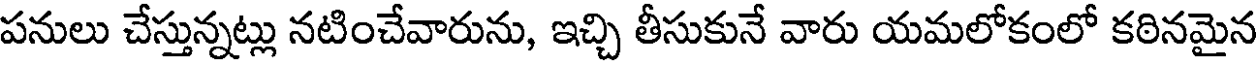
పనులు చేస్తున్నట్లు నటించేవారును, ఇచ్చి తీసుకునే వారు యమలోకంలో కఠినమైన